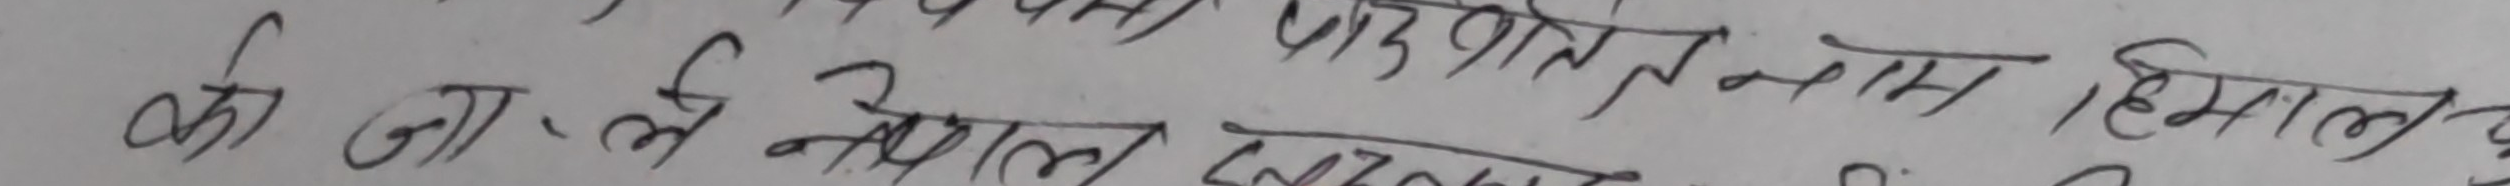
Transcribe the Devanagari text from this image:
की जा ले नेपाल को ७८० वर्ग कि